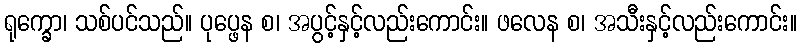
ရုက္ခော၊ သစ်ပင်သည်။ ပုပ္ဖေန စ၊ အပွင့်နှင့်လည်းကောင်း။ ဖလေန စ၊ အသီးနှင့်လည်းကောင်း။